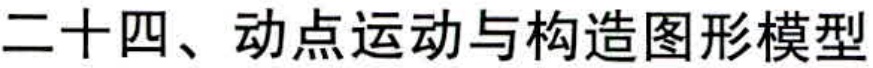
二十四、动点运动与构造图形模型